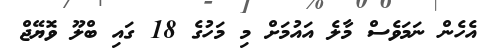
އެހެން ނަމަވެސް މާލެ އައުމަށް މި މަހުގެ 18 ގައި ބްލޫ ވޮޔޭޖް